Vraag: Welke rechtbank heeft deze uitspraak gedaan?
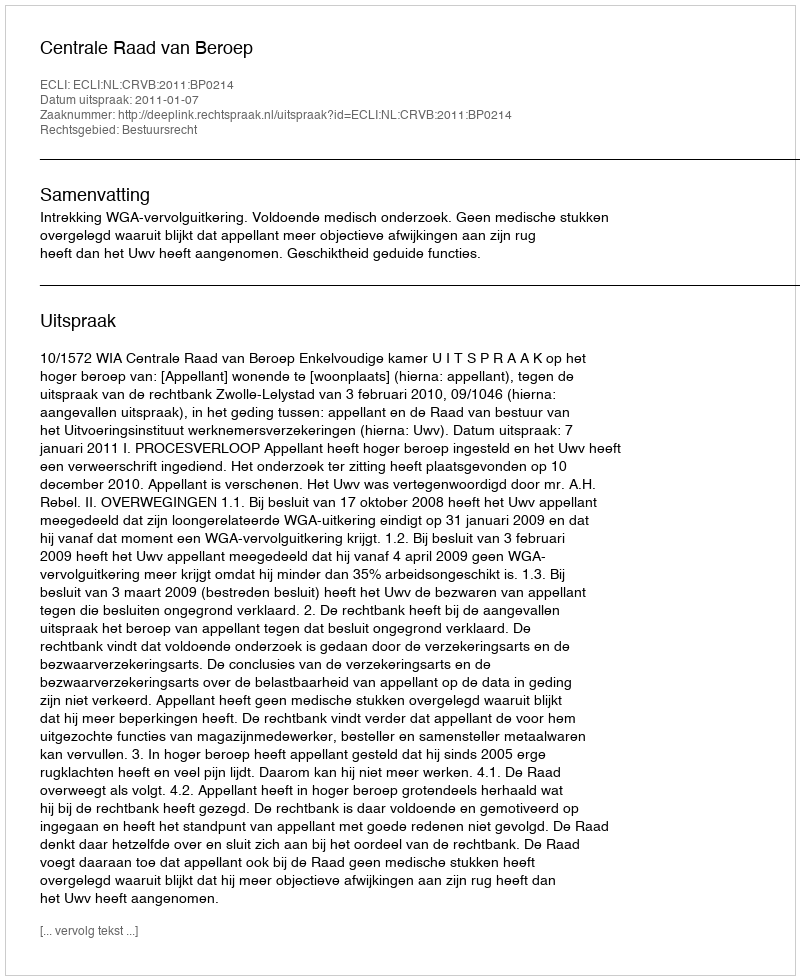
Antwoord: Centrale Raad van Beroep